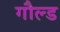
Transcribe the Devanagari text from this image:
गौल्ड